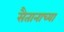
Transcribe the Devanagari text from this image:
सैतानाच्या